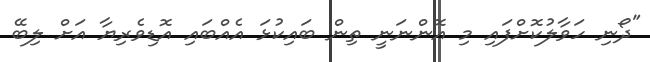
"ދޯނި ހަވާލުކޮށްފައި މި އޮންނަނީ ތިން ބައިކުޅަ އެއްބައި އޮޑިވެރިޔާ އަށް ލިބޭ